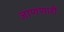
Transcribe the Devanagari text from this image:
जाणणारी